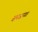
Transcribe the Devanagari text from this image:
समजायत